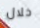
خلال